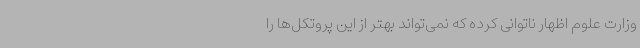
وزارت علوم اظهار ناتوانی کرده که نمی‌تواند بهتر از این پروتکل‌ها را